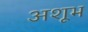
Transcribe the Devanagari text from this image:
अशूभ